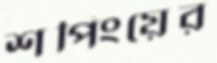
শপিংয়ের